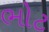
ભોટ